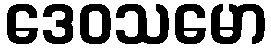
ဒေဝသမော